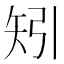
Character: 矧